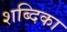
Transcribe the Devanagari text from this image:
शब्दिका